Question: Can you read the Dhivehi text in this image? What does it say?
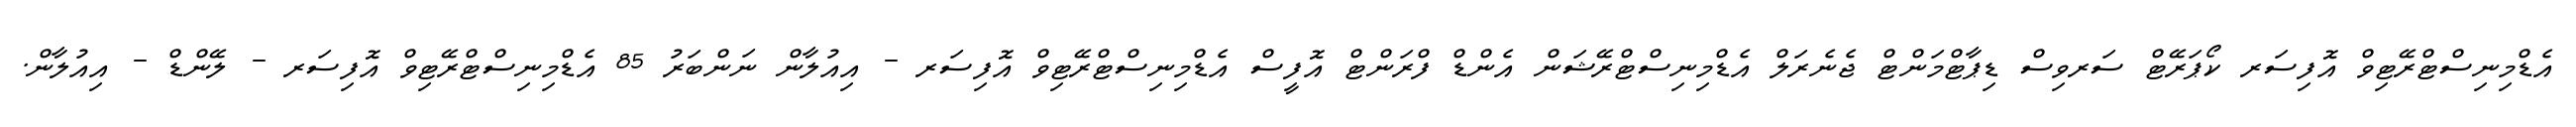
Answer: އެޑްމިނިސްޓްރޭޓިވް އޮފިސަރ ކޯޕަރޭޓް ސަރވިސް ޑިޕާޓްމަންޓް ޖެނެރަލް އެޑްމިނިސްޓްރޭޝަން އެންޑް ފްރަންޓް އޮފީސް އެޑްމިނިސްޓްރޭޓިވް އޮފިސަރ - އިއުލާން ނަންބަރު 85 އެޑްމިނިސްޓްރޭޓިވް އޮފިސަރ - ލޭންޑް - އިއުލާން.